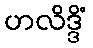
ဟလိဒ္ဒိံ